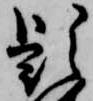
穎